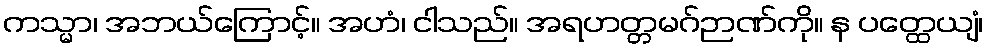
ကသ္မာ၊ အဘယ်ကြောင့်။ အဟံ၊ ငါသည်။ အရဟတ္တမဂ်ဉာဏ်ကို။ န ပတ္ထေယျံ၊